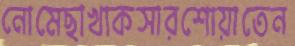
নোমেছাখাকসারশোয়াতেন